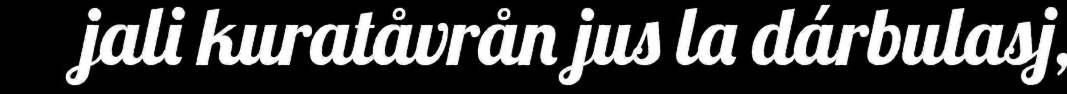
jali kuratåvrån jus la dárbulasj,